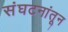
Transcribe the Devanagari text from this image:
संघटनांतून